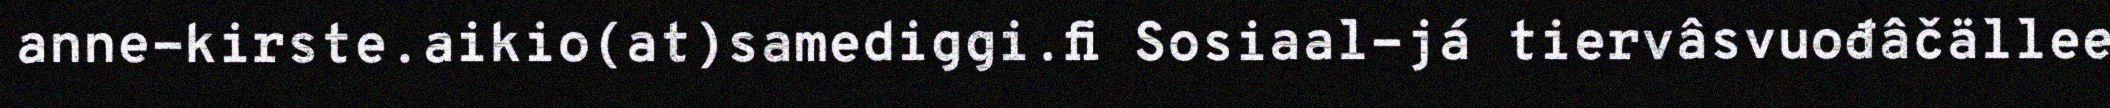
anne-kirste.aikio(at)samediggi.fi Sosiaal-já tiervâsvuođâčällee